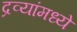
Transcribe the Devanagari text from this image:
द्रव्यांमध्ये